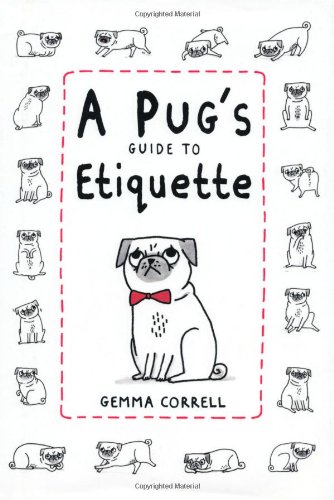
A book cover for Pug's Guide to Etiquette; Gemma Correll; Humor & Entertainment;